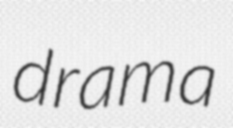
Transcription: drama